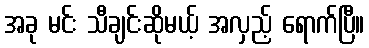
အခု မင်း သီချင်းဆိုမယ့် အလှည့် ရောက်ပြီ။